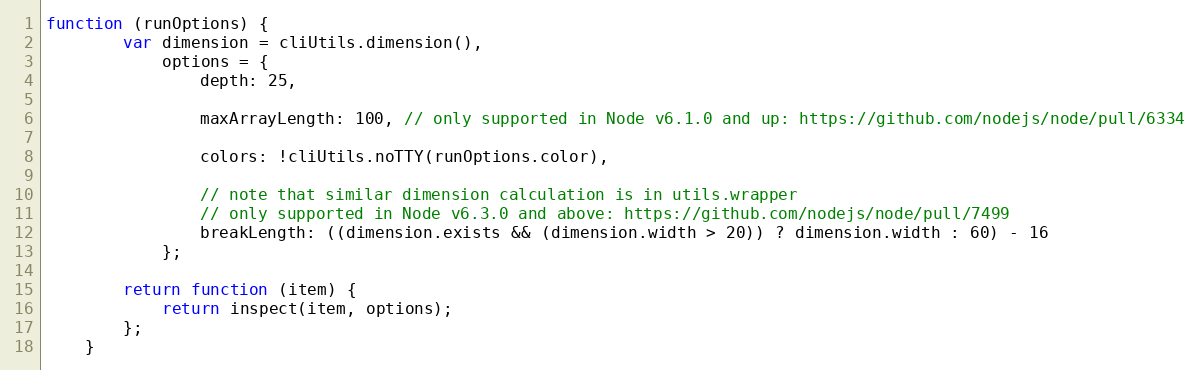
Language: JavaScript
function (runOptions) {
        var dimension = cliUtils.dimension(),
            options = {
                depth: 25,

                maxArrayLength: 100, // only supported in Node v6.1.0 and up: https://github.com/nodejs/node/pull/6334

                colors: !cliUtils.noTTY(runOptions.color),

                // note that similar dimension calculation is in utils.wrapper
                // only supported in Node v6.3.0 and above: https://github.com/nodejs/node/pull/7499
                breakLength: ((dimension.exists && (dimension.width > 20)) ? dimension.width : 60) - 16
            };

        return function (item) {
            return inspect(item, options);
        };
    }